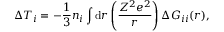
\Delta T _ { i } = - \frac { 1 } { 3 } n _ { i } \int \mathrm { d } \boldsymbol { r } \left( \frac { Z ^ { 2 } e ^ { 2 } } { r } \right) \Delta G _ { i i } ( \boldsymbol { r } ) ,